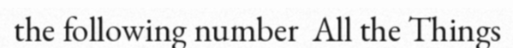
the following number  All the Things